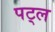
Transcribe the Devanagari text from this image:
पट्ल